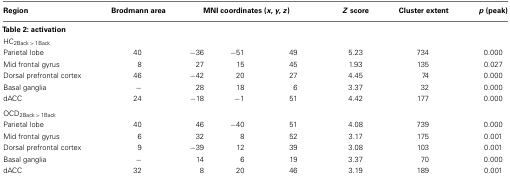
| Region | Brodmann area | <COLSPAN=3> MNI coordinates (x, y, z) | Z score | Cluster extent | p (peak) |
 | --- | --- | --- | --- | --- | --- | --- | --- |
 | Table 2: activation |
 | HC2Back > 1Back |
 | Parietal lobe | 40 | −36 | −51 | 49 | 5.23 | 734 | 0.000 |
 | Mid frontal gyrus | 8 | 27 | 15 | 45 | 1.93 | 135 | 0.027 |
 | Dorsal prefrontal cortex | 46 | −42 | 20 | 27 | 4.45 | 74 | 0.000 |
 | Basal ganglia | − | 28 | 18 | 6 | 3.37 | 32 | 0.000 |
 | dACC | 24 | −18 | −1 | 51 | 4.42 | 177 | 0.000 |
 | OCD2Back > 1Back |
 | Parietal lobe | 40 | 46 | −40 | 51 | 4.08 | 739 | 0.000 |
 | Mid frontal gyrus | 6 | 32 | 8 | 52 | 3.17 | 175 | 0.001 |
 | Dorsal prefrontal cortex | 9 | −39 | 12 | 39 | 3.08 | 103 | 0.001 |
 | Basal ganglia | − | 14 | 6 | 19 | 3.37 | 70 | 0.000 |
 | dACC | 32 | 8 | 20 | 46 | 3.19 | 189 | 0.001 |